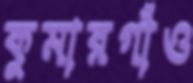
কুমারগাঁও